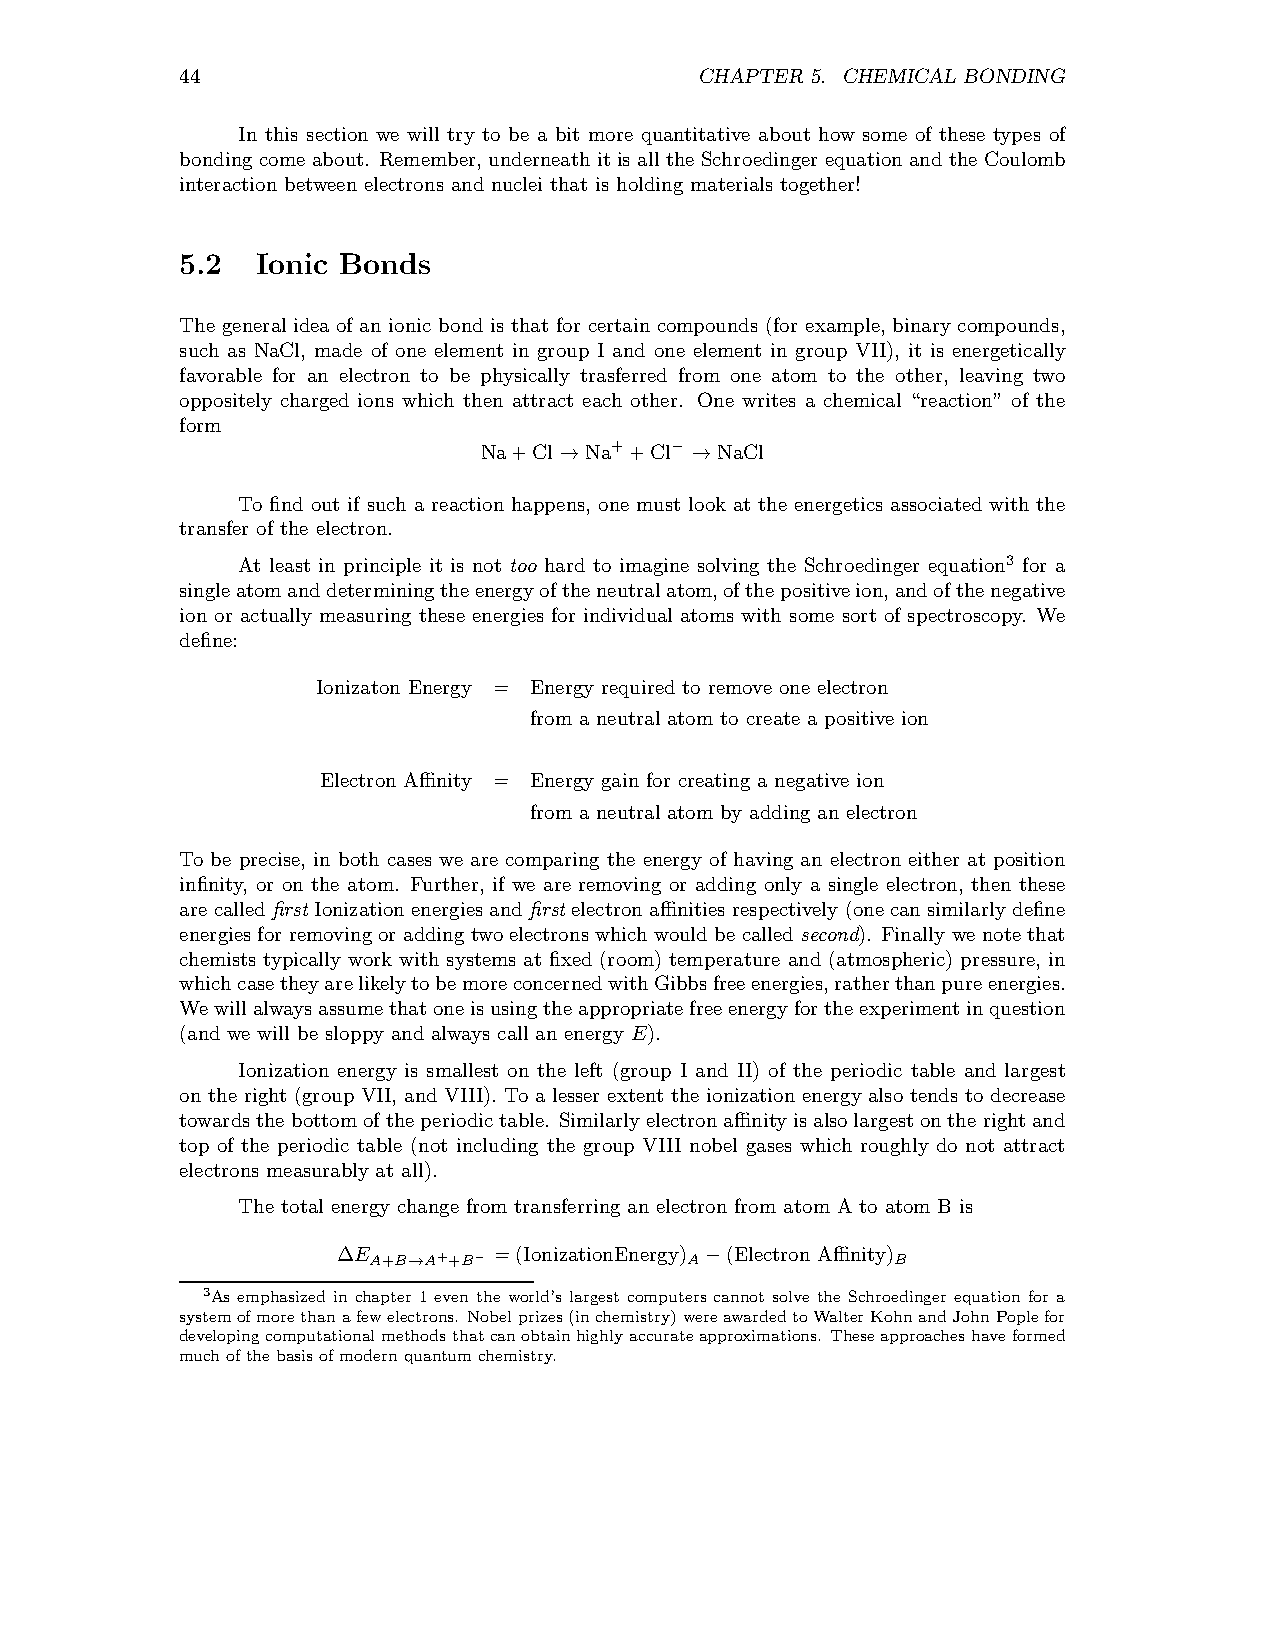
44                                CHAPTER 5. CHEMICAL BONDING
 In this section we will try to be a bit more quantitative about how some of these types of
 bonding come about. Remember, underneathit is allthe Schroedingerequationandthe Coulomb
 interaction between electrons and nuclei that is holding materials together!
 5.2  Ionic Bonds
 The general idea of an ionic bond is that for certain compounds (for example, binary compounds,
 such as NaCl, made of one element in group I and one element in group VII), it is energetically
 favorable for an electron to be physically trasferred from one atom to the other, leaving two
 oppositely charged ions which then attract each other. One writes a chemical “reaction” of the
 form
 Na+Cl  Na++Cl− NaCl
 →        →
 To find out if such a reaction happens, one must look at the energetics associated with the
 transfer of the electron.
 At least in principle it is not too hard to imagine solving the Schroedinger equation3 for a
 singleatomanddeterminingtheenergyoftheneutralatom,ofthepositiveion,andofthenegative
 ion or actually measuring these energies for individual atoms with some sort of spectroscopy. We
 define:
 Ionizaton Energy = Energy required to remove one electron
 from a neutral atom to create a positive ion
 Electron Affinity = Energy gain for creating a negative ion
 from a neutral atom by adding an electron
 To be precise, in both cases we are comparing the energy of having an electron either at position
 infinity, or on the atom. Further, if we are removing or adding only a single electron, then these
 are calledfirst Ionizationenergiesand firstelectronaffinities respectively (one can similarlydefine
 energiesfor removingor adding twoelectrons whichwouldbe calledsecond). Finally we note that
 chemists typically work with systems at fixed (room) temperature and (atmospheric) pressure, in
 whichcasetheyarelikelytobemoreconcernedwithGibbsfreeenergies,ratherthanpureenergies.
 Wewillalwaysassumethatoneisusingtheappropriatefreeenergyforthe experimentinquestion
 (and we will be sloppy and always call an energy E).
 Ionization energy is smallest on the left (group I and II) of the periodic table and largest
 on the right (group VII, and VIII). To a lesser extent the ionization energy also tends to decrease
 towardsthebottomoftheperiodictable. Similarlyelectronaffinityisalsolargestonthe rightand
 top of the periodic table (not including the group VIII nobel gases which roughly do not attract
 electrons measurably at all).
 The total energy change from transferring an electron from atom A to atom B is
 ∆E A+B→A++B− =(IonizationEnergy) A −(Electron Affinity) B
 3As emphasized in chapter 1 even the world’s largest computers cannot solve the Schroedinger equation for a
 systemofmorethanafewelectrons. Nobelprizes(inchemistry)wereawardedtoWalterKohnandJohnPoplefor
 developingcomputationalmethodsthatcanobtainhighlyaccurateapproximations. Theseapproacheshaveformed
 muchofthebasisofmodernquantum chemistry.